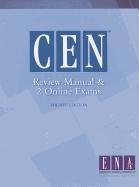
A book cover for CEN Review Manual (ENA, CEN Review Manual); EMERGENCY NURSES ASSOCIATION; Test Preparation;